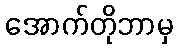
အောက်တိုဘာမှ